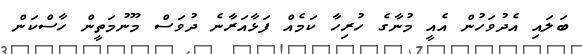
ބަލައި އެދުވަހުން އެއީ މުނާގެ ހުރިހާ ކަމެއް ފަޅާއަރާނެ ދުވަސް މޫނުމަތީން ހާސްކަން